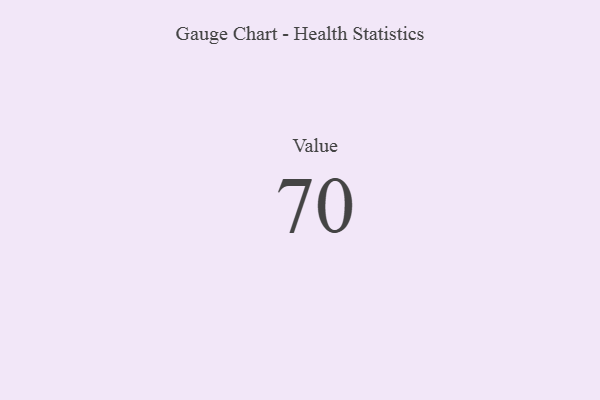
{"axis": {"x": "Metric", "y": "Value"}, "legend": [""], "data": [{"x": "Value", "y": 70, "type": ""}]}